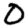
Digit: 0